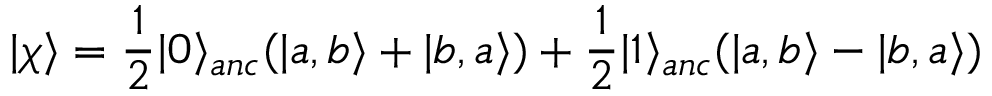
\vert \chi \rangle = \frac { 1 } { 2 } \vert 0 \rangle _ { a n c } ( \vert a , b \rangle + \vert b , a \rangle ) + \frac { 1 } { 2 } \vert 1 \rangle _ { a n c } ( \vert a , b \rangle - \vert b , a \rangle )